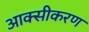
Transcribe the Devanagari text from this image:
आक्‍सीकरण